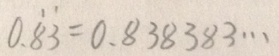
0 . \dot { 8 } \dot { 3 } = 0 . 8 3 8 3 8 3 \cdots